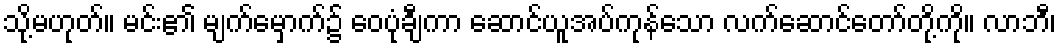
သို့မဟုတ်။ မင်း၏ မျက်မှောက်၌ ဝေပုံချီကာ ဆောင်ယူအပ်ကုန်သော လက်ဆောင်တော်တို့ကို။ လာဘီ၊